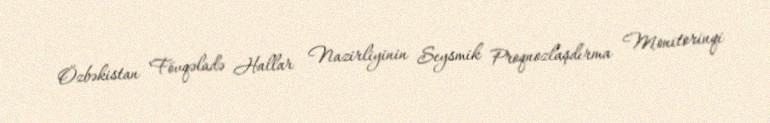
Özbəkistan Fövqəladə Hallar Nazirliyinin Seysmik Proqnozlaşdırma Monitorinqi